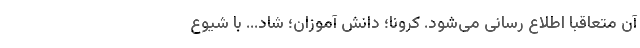
آن متعاقباً اطلاع رسانی می‌شود. کرونا؛ دانش آموزان؛ شاد... با شیوع